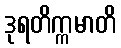
ဒုရတိက္ကမာတိ